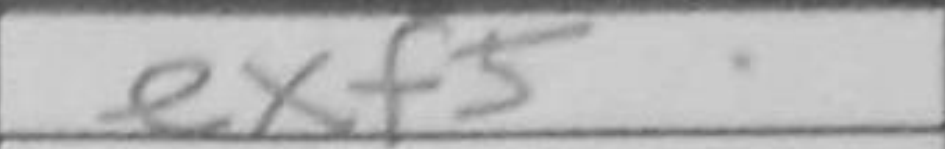
Transcription: exf5